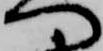
つ